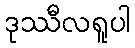
ဒုဿီလရူပါ